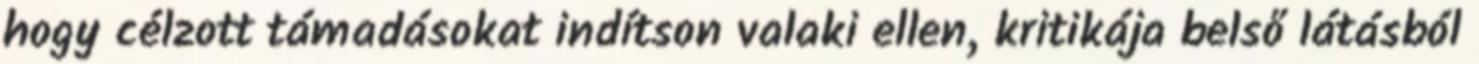
hogy célzott támadásokat indítson valaki ellen, kritikája belső látásból